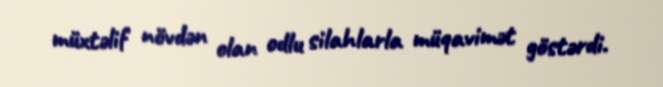
müxtəlif növdən olan odlu silahlarla müqavimət göstərdi.